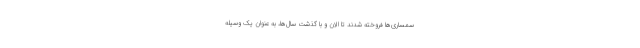
سمساری‌ها فروخته شدند تا الان و با گذشت سال‌ها، به عنوان یک وسیله